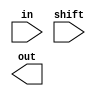
module barrel_shifter_gate(in, shift, out);
input  [7:0] in;
input  [2:0] shift;
output [7:0] out;

/*Write your code here*/
mux muxly1_1(.x(),.a(),.b(),.sel());
mux muxly1_2(.x(),.a(),.b(),.sel());
mux muxly1_3(.x(),.a(),.b(),.sel());
mux muxly1_4(.x(),.a(),.b(),.sel());
mux muxly1_5(.x(),.a(),.b(),.sel());
mux muxly1_6(.x(),.a(),.b(),.sel());
mux muxly1_7(.x(),.a(),.b(),.sel());
mux muxly1_8(.x(),.a(),.b(),.sel());

mux muxly2_1(.x(),.a(),.b(),.sel());
mux muxly2_2(.x(),.a(),.b(),.sel());
mux muxly2_3(.x(),.a(),.b(),.sel());
mux muxly2_4(.x(),.a(),.b(),.sel());
mux muxly2_5(.x(),.a(),.b(),.sel());
mux muxly2_6(.x(),.a(),.b(),.sel());
mux muxly2_7(.x(),.a(),.b(),.sel());
mux muxly2_8(.x(),.a(),.b(),.sel());

mux muxly3_1(.x(),.a(),.b(),.sel());
mux muxly3_2(.x(),.a(),.b(),.sel());
mux muxly3_3(.x(),.a(),.b(),.sel());
mux muxly3_4(.x(),.a(),.b(),.sel());
mux muxly3_5(.x(),.a(),.b(),.sel());
mux muxly3_6(.x(),.a(),.b(),.sel());
mux muxly3_7(.x(),.a(),.b(),.sel());
mux muxly3_8(.x(),.a(),.b(),.sel());
/*End of code*/
endmodule

module mux (x,a,b,sel);
input 	a,b,sel;
output 	x;
wire sel_i,w1,w2;

not n0(sel_i,sel);
and a1(w1,a,sel_i);
and a2(w2,b,sel);
or  o1(x,w1,w2);

	
endmodule